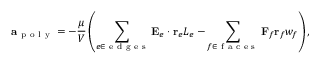
\mathbf { a } _ { \mathrm { ~ p ~ o ~ l ~ y ~ } } = - \frac { \mu } { V } \left( \sum _ { e \in \mathrm { ~ e ~ d ~ g ~ e ~ s ~ } } \mathbf { E } _ { e } \cdot \mathbf { r } _ { e } L _ { e } - \sum _ { f \in \mathrm { ~ f ~ a ~ c ~ e ~ s ~ } } \mathbf { F } _ { f } \mathbf { r } _ { f } w _ { f } \right) ,